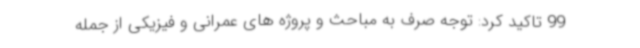
99 تاکید کرد: توجه صرف به مباحث و پروژه های عمرانی و فیزیکی از جمله